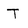
Character: T